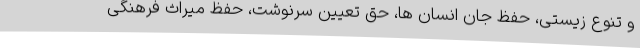
و تنوع زیستی، حفظ جان انسان ها، حق تعیین سرنوشت، حفظ میراث فرهنگی